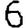
Digit: 6